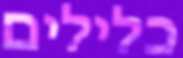
כלילים